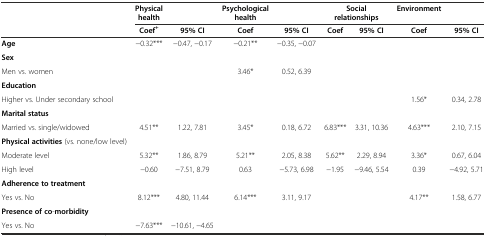
<table><thead><tr><td></td><td><b>Physical health</b></td><td></td><td><b>Psychological health</b></td><td></td><td colspan="2"><b>Social relationships</b></td><td><b>Environment</b></td><td></td></tr><tr><td></td><td><b>Coef<sup>+</sup></b></td><td><b>95% CI</b></td><td><b>Coef</b></td><td><b>95% CI</b></td><td><b>Coef</b></td><td><b>95% CI</b></td><td><b>Coef</b></td><td><b>95% CI</b></td></tr></thead><tbody><tr><td><b>Age</b></td><td>-0.32***</td><td>-0.47, -0.17</td><td>-0.21**</td><td>-0.35, -0.07</td><td></td><td></td><td></td><td></td></tr><tr><td><b>Sex</b></td><td></td><td></td><td></td><td></td><td></td><td></td><td></td><td></td></tr><tr><td>Men vs. women</td><td></td><td></td><td>3.46*</td><td>0.52, 6.39</td><td></td><td></td><td></td><td></td></tr><tr><td><b>Education</b></td><td></td><td></td><td></td><td></td><td></td><td></td><td></td><td></td></tr><tr><td>Higher vs. Under secondary school</td><td></td><td></td><td></td><td></td><td></td><td></td><td>1.56*</td><td>0.34, 2.78</td></tr><tr><td><b>Marital status</b></td><td></td><td></td><td></td><td></td><td></td><td></td><td></td><td></td></tr><tr><td>Married vs. single/widowed</td><td>4.51**</td><td>1.22, 7.81</td><td>3.45*</td><td>0.18, 6.72</td><td>6.83***</td><td>3.31, 10.36</td><td>4.63***</td><td>2.10, 7.15</td></tr><tr><td><b>Physical activities</b> (vs. none/low level)</td><td></td><td></td><td></td><td></td><td></td><td></td><td></td><td></td></tr><tr><td>Moderate level</td><td>5.32**</td><td>1.86, 8.79</td><td>5.21**</td><td>2.05, 8.38</td><td>5.62**</td><td>2.29, 8.94</td><td>3.36*</td><td>0.67, 6.04</td></tr><tr><td>High level</td><td>-0.60</td><td>-7.51, 8.79</td><td>0.63</td><td>-5.73, 6.98</td><td>-1.95</td><td>-9.46, 5.54</td><td>0.39</td><td>-4.92, 5.71</td></tr><tr><td><b>Adherence to treatment</b></td><td></td><td></td><td></td><td></td><td></td><td></td><td></td><td></td></tr><tr><td>Yes vs. No</td><td>8.12***</td><td>4.80, 11.44</td><td>6.14***</td><td>3.11, 9.17</td><td></td><td></td><td>4.17**</td><td>1.58, 6.77</td></tr><tr><td><b>Presence of co</b>-<b>morbidity</b></td><td></td><td></td><td></td><td></td><td></td><td></td><td></td><td></td></tr><tr><td>Yes vs. No</td><td>-7.63***</td><td>-10.61, -4.65</td><td></td><td></td><td></td><td></td><td></td><td></td></tr></tbody></table>